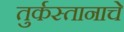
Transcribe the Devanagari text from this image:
तुर्कस्तानाचे